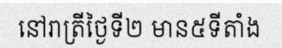
នៅរាត្រីថ្ងៃទី២ មាន៥ទីតាំង